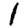
Digit: 1